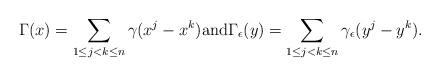
LaTeX: \begin{align*} \Gamma(x)=\sum_{1\le j<k\le n}\gamma(x^j-x^k) {\rm and} \Gamma_ \epsilon(y)=\sum_{1\le j<k\le n}\gamma_ \epsilon(y^j-y^k).\end{align*}